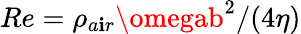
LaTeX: Re=\rho_{a\mathbf{i}r}\omegab^{2}/(4\eta)